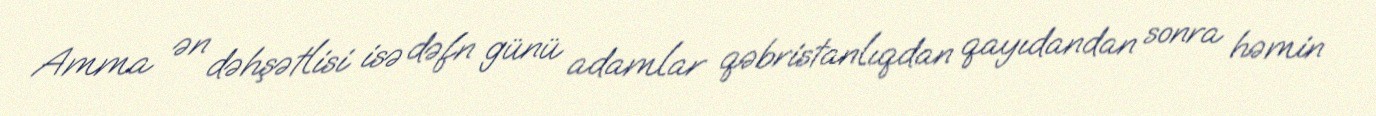
Amma ən dəhşətlisi isə dəfn günü adamlar qəbristanlıqdan qayıdandan sonra həmin